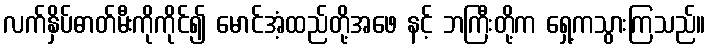
လက်နှိပ်ဓာတ်မီးကိုကိုင်၍ မောင်အံ့ထည်တို့အဖေ နင့် ဘကြီးတို့က ရှေ့ကသွားကြသည်။